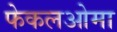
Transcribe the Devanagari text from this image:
फेकलओमा